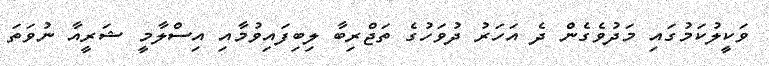
ވަކީލުކަމުގައި މަދުވެގެން ދެ އަހަރު ދުވަހުގެ ތަޖްރިބާ ލިބިފައިވުމާއި އިސްލާމީ ޝަރީއާ ނުވަތަ